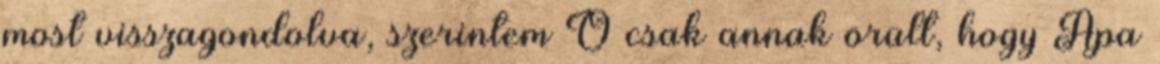
most visszagondolva, szerintem Ő csak annak örült, hogy Apa